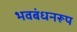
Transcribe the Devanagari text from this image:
भवबंधनरूप